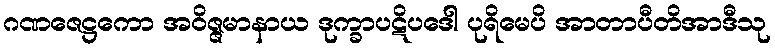
ဂဏဇေဋ္ဌကော အဝိဇ္ဇမာနာယ ဒုက္ခာပဋိပဒေါ ပုရိမေပိ အာတာပီတိအာဒီသု